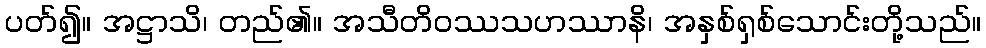
ပတ်၍။ အဋ္ဌာသိ၊ တည်၏။ အသီတိဝဿသဟဿာနိ၊ အနှစ်ရှစ်သောင်းတို့သည်။